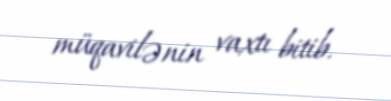
müqavilənin vaxtı bitib.